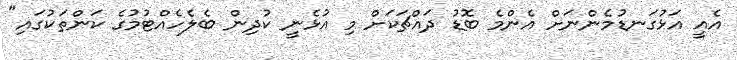
އެއީ އަޅުގަނޑުމެންނަށް އެންމެ ބޮޑު ދައްޗަކަށް މި އުޅެނީ ކުދިން ބެލެހެއްޓުމުގެ ކަންތަކުގައި"